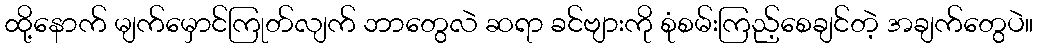
ထို့နောက် မျက်မှောင်ကြုတ်လျက် ဘာတွေလဲ ဆရာ ခင်ဗျားကို စုံစမ်းကြည့်စေချင်တဲ့ အချက်တွေပဲ။